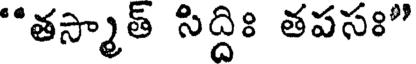
"తస్మాత్ సిద్దిః తపసః"